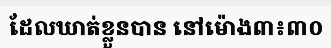
ដែលឃាត់ខ្លួនបាន នៅម៉ោង៣៖៣០